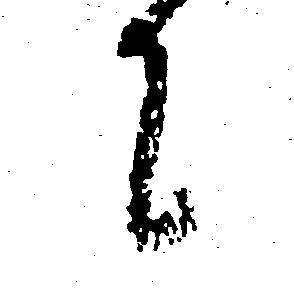
て